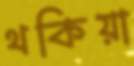
থকিয়া